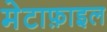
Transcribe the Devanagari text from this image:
मेटाफ़ाइल